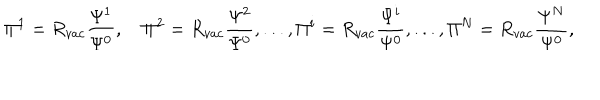
\Pi ^ { 1 } = R _ { v a c } \frac { \Psi ^ { 1 } } { \Psi ^ { 0 } } , \quad \Pi ^ { 2 } = R _ { v a c } \frac { \Psi ^ { 2 } } { \Psi ^ { 0 } } , . . . , \Pi ^ { i } = R _ { v a c } \frac { \Psi ^ { i } } { \Psi ^ { 0 } } , . . . , \Pi ^ { N } = R _ { v a c } \frac { \Psi ^ { N } } { \Psi ^ { 0 } } ,